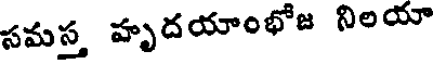
సమస్త హృదయాంభోజ నిలయా